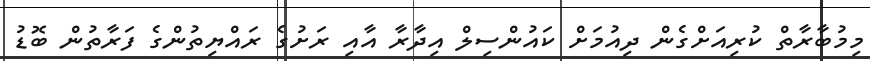
މިމުބާރާތް ކުރިއަށްގެން ދިއުމަށް ކައުންސިލް އިދާރާ އާއި ރަށުގެ ރައްޔިތުންގެ ފަރާތުން ބޮޑު